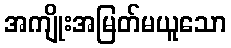
အကျိုးအမြတ်မယူသော